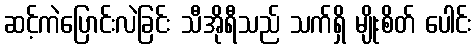
ဆင့်ကဲပြောင်းလဲခြင်း သီအိုရီသည် သက်ရှိ မျိုးစိတ် ပေါင်း